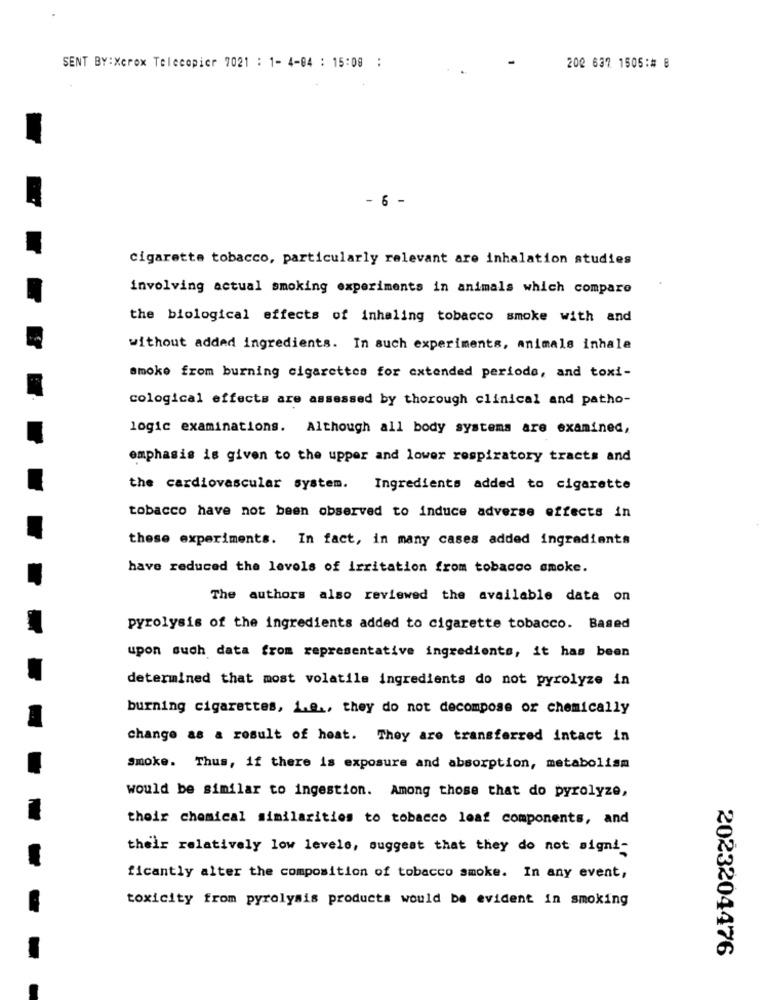
SENT BY:Xerox Telecopier 7021 : 1- 4-04 : 15:08 :
202 637 1505:# 8
-
cigarette tobacco, particularly relevant are inhalation studies
involving actual smoking experiments in animals which compare
the biological effects of inhaling tobacco smoke with and
without added ingredients. In such experiments, animals inhale
smoke from burning cigarettes for extended periode, and toxi-
cological effects are assessed by thorough clinical and patho-
logic examinations. Although all body systems are examined,
emphasis is given to the upper and lower respiratory tracts and
the cardiovascular system. Ingredients added to cigarette
tobacco have not been observed to induce adverse effects in
these experiments. In fact, in many cases added ingredients
have reduced the levels of irritation from tobacco smoke.
The authors also reviewed the available data on
pyrolysis of the ingredients added to cigarette tobacco. Based
upon such data from representative ingredients, it has been
determined that most volatile ingredients do not pyrolyze in
burning cigarettes, 1.e ., they do not decompose or chemically
change as a result of heat. They are transferred intact in
Smoke. Thus, if there is exposure and absorption, metabolism
would be similar to ingestion. Among those that do pyrolyze,
their chemical similarities to tobacco leaf components, and
their relatively low levels, suggest that they do not signi-
ficantly alter the composition of tobacco smoke. In any event,
toxicity from pyrolysis products would be evident in smoking
2023204476